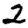
Digit: 2